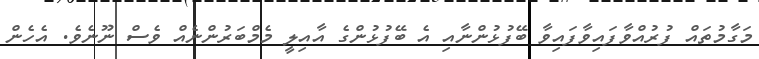
މަގާމުތައް ފުރުއްވާފައިވާފައިވާ ބޭފުޅުންނާއި އެ ބޭފުޅުންގެ އާއިލީ މެމްބަރުންނެއް ވެސް ނޫނެވެ. އެހެން